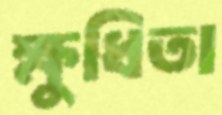
ক্ষুধিতা